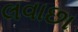
લવાછા